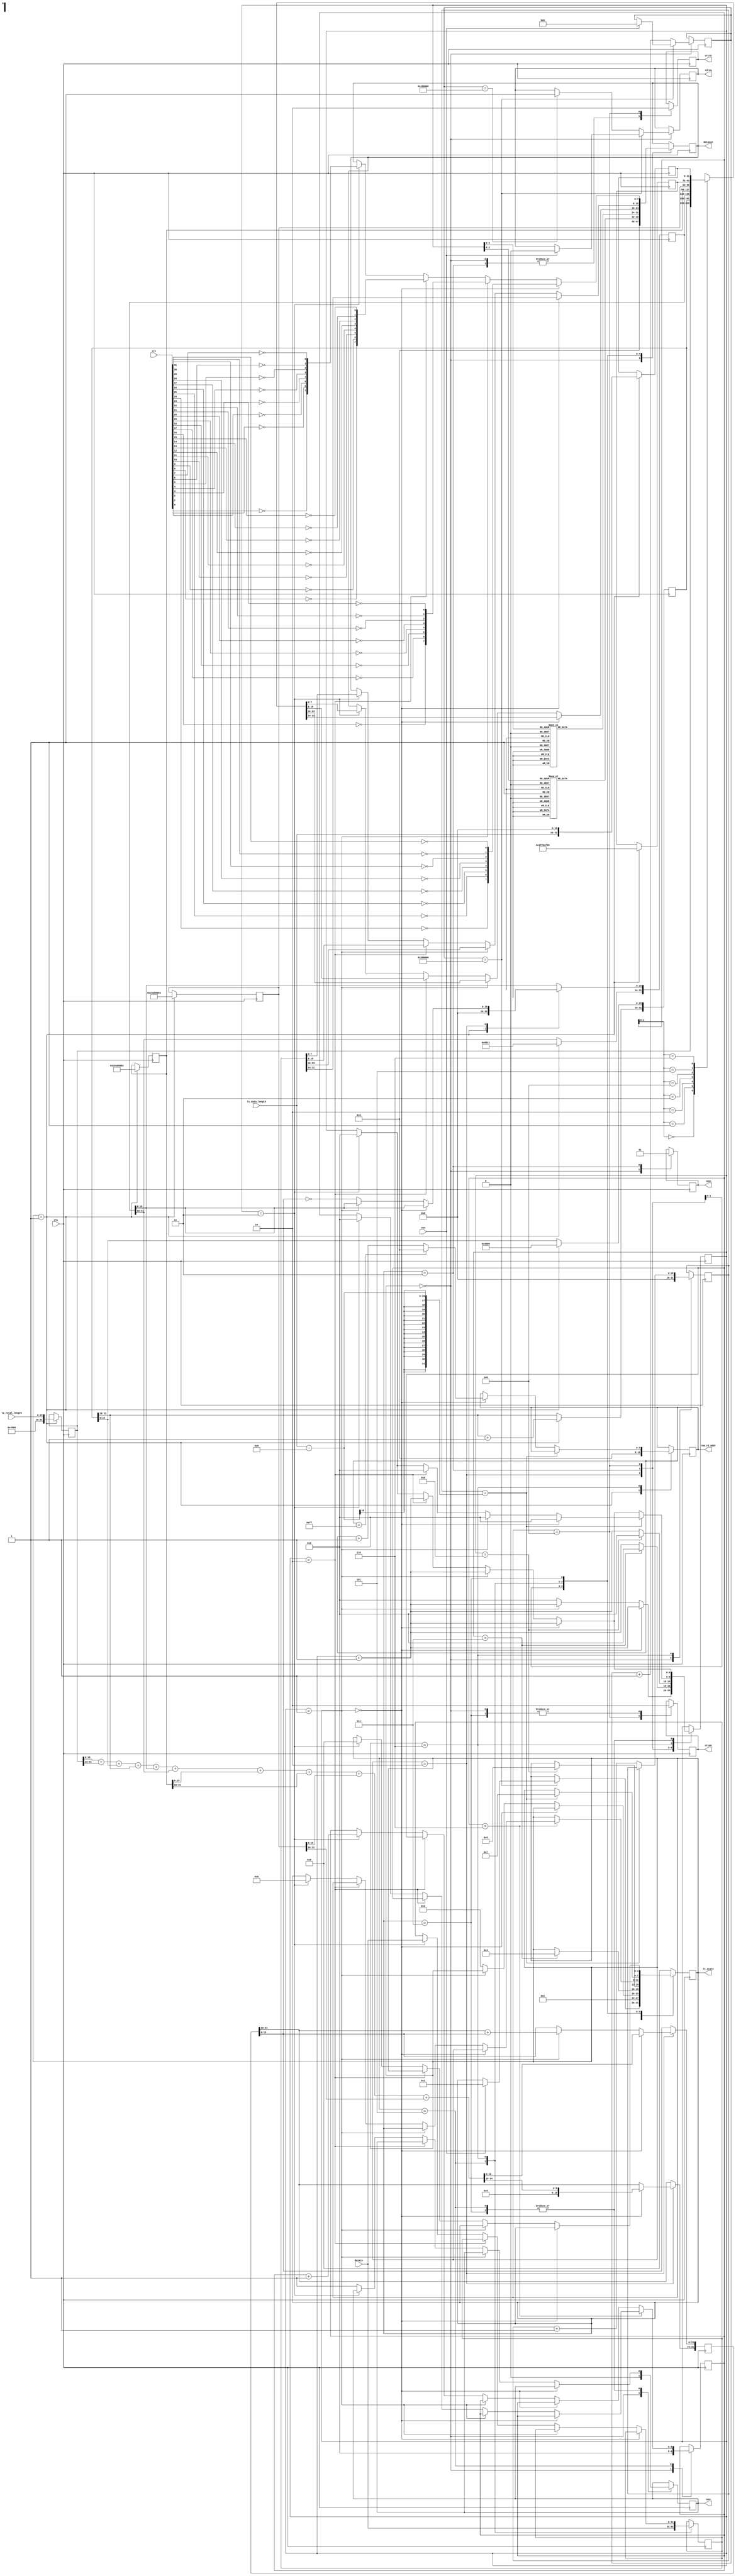
`timescale 1ns / 1ps
/****************************************/
//      GMII UDP//
/****************************************/

module ipsend(
				  input              clk,                   //GMII
				  output reg         txen,                  //GMII
				  output reg         txer,                  //GMII
				  output reg [7:0]   dataout,               //GMII
				  input      [31:0]  crc,                   //CRC32
				  input      [31:0]  datain,                //RAM	 
				  output reg         crcen,                 //CRC32 
				  output reg         crcre,                 //CRC32 

				  output reg [3:0]   tx_state,              //    
				  input      [15:0]  tx_data_length,        //
				  input      [15:0]  tx_total_length,       //
				  output reg [7:0]   ram_rd_addr,            //ram
				  output reg rdreq,
				  input oen
	  );


reg [31:0]  datain_reg;

reg [31:0] ip_header [6:0];                  //1K

reg [7:0] preamble [7:0];                    //preamble
reg [7:0] mac_addr [13:0];                   //mac address
reg [4:0] i,j;

reg [31:0] check_buffer;
reg [31:0] time_counter;
reg [15:0] tx_data_counter;

parameter idle=4'b0000,start=4'b0001,make=4'b0010,send55=4'b0011,sendmac=4'b0100,sendheader=4'b0101,
          senddata=4'b0110,sendcrc=4'b0111;



initial
  begin
	 tx_state<=idle;
	 ram_rd_addr<=8'd0;
	 //IP 
	 preamble[0]<=8'h55;                 //755,d5
	 preamble[1]<=8'h55;
	 preamble[2]<=8'h55;
	 preamble[3]<=8'h55;
	 preamble[4]<=8'h55;
	 preamble[5]<=8'h55;
	 preamble[6]<=8'h55;
	 preamble[7]<=8'hD5;
	 mac_addr[0]<=8'hff;                 //MAC ff-ff-ff-ff-ff-ff, ff
	 mac_addr[1]<=8'hff;						//54-E1-AD-0D-18-FF
	 mac_addr[2]<=8'hff;						//2C-F0-5D-57-64-CE
	 mac_addr[3]<=8'hff;
	 mac_addr[4]<=8'hff;
	 mac_addr[5]<=8'hff;
	 mac_addr[6]<=8'h00;                 //MAC 00-0A-35-01-FE-C0
	 mac_addr[7]<=8'h0A;
	 mac_addr[8]<=8'h35;
	 mac_addr[9]<=8'h01;
	 mac_addr[10]<=8'hFE;
	 mac_addr[11]<=8'hC0;
	 mac_addr[12]<=8'h08;                //0800: IP
	 mac_addr[13]<=8'h00;
	 i<=0;
	 rdreq <= 1'b0;
 end


//UDP	 
always@(negedge clk)
begin		
		case(tx_state)
		  idle:begin
				 txer<=1'b0;
				 txen<=1'b0;
				 crcen<=1'b0;
				 crcre<=1;
				 j<=0;
				 dataout<=0;
				 tx_data_counter<=0;
             if (time_counter==32'h00200000) begin     //,  32'h04000000
				     if(oen == 1'b1) begin
							tx_state<=start;  
							time_counter<=0;
							rdreq <= 1'b0;
					  end
             end
             else begin
                 time_counter<=time_counter+1'b1;
					  if(time_counter == 32'h00100000)
						rdreq <= 1'b1;
				 end
			end
		   start:begin        //IP header
					ram_rd_addr <= 8'b0;
					ip_header[0]<={16'h4500,tx_total_length};        //4 20IP
				   ip_header[1][31:16]<=ip_header[1][31:16]+1'b1;   //
					ip_header[1][15:0]<=16'h4000;                    //Fragment offset
				   ip_header[2]<=32'h80110000;                      //mema[2][15:0] 17(UDP)
				   ip_header[3]<=32'hc0a80002;                      //192.168.0.2
				   ip_header[4]<=32'hc0a80003;                      //192.168.0.3
					ip_header[5]<=32'h1f901f90;                      //22
				   ip_header[6]<={tx_data_length,16'h0000};         //22
	   			tx_state<=make;
         end	
         make:begin            //
			    if(i==0) begin
					  check_buffer<=ip_header[0][15:0]+ip_header[0][31:16]+ip_header[1][15:0]+ip_header[1][31:16]+ip_header[2][15:0]+
					               ip_header[2][31:16]+ip_header[3][15:0]+ip_header[3][31:16]+ip_header[4][15:0]+ip_header[4][31:16];
                 i<=i+1'b1;
				   end
             else if(i==1) begin
					   check_buffer[15:0]<=check_buffer[31:16]+check_buffer[15:0];
					   i<=i+1'b1;
				 end
			    else	begin
				      ip_header[2][15:0]<=~check_buffer[15:0];                 //header checksum
					   i<=0;
					   tx_state<=send55;
					end
		   end
			send55: begin                    //8IP:755, 1d5                    
 				 txen<=1'b1;                             //GMII
				 crcre<=1'b1;                            //reset crc  
				 if(i==7) begin
               dataout[7:0]<=preamble[i][7:0];
					i<=0;
				   tx_state<=sendmac;
				 end
				 else begin                        
				    dataout[7:0]<=preamble[i][7:0];
				    i<=i+1;
				 end
			end	
			sendmac: begin                           //MAC addressMAC addressIP  
			 	 crcen<=1'b1;                            //crccrc32MAC		
				 crcre<=1'b0;                            			
             if(i==13) begin
               dataout[7:0]<=mac_addr[i][7:0];
					i<=0;
				   tx_state<=sendheader;
				 end
				 else begin                        
				    dataout[7:0]<=mac_addr[i][7:0];
				    i<=i+1'b1;
				 end
			end
			sendheader: begin                        //732bitIP 
				datain_reg<=datain;                   //	
			   if(j==6) begin                            
					  if(i==0) begin
						 dataout[7:0]<=ip_header[j][31:24];
						 i<=i+1'b1;
					  end
					  else if(i==1) begin
						 dataout[7:0]<=ip_header[j][23:16];
						 i<=i+1'b1;
					  end
					  else if(i==2) begin
						 dataout[7:0]<=ip_header[j][15:8];
						 i<=i+1'b1;
					  end
					  else if(i==3) begin
						 dataout[7:0]<=ip_header[j][7:0];
						 i<=0;
						 j<=0;
						 tx_state<=senddata;
						 datain_reg<=datain;
					  end
					  else
						 txer<=1'b1;
				end		 
				else begin
					  if(i==0) begin
						 dataout[7:0]<=ip_header[j][31:24];
						 i<=i+1'b1;
					  end
					  else if(i==1) begin
						 dataout[7:0]<=ip_header[j][23:16];
						 i<=i+1'b1;
					  end
					  else if(i==2) begin
						 dataout[7:0]<=ip_header[j][15:8];
						 i<=i+1'b1;
					  end
					  else if(i==3) begin
						 dataout[7:0]<=ip_header[j][7:0];
						 i<=0;
						 j<=j+1'b1;
					  end					
					  else
						 txer<=1'b1;
				end
			 end
			 senddata:begin                                      //UDP
			   if(tx_data_counter==tx_data_length-9) begin       //
				   tx_state<=sendcrc;
					if(i==0) begin    
					  dataout[7:0]<=datain_reg[31:24];
					  i<=0;
					end
					else if(i==1) begin
					  dataout[7:0]<=datain_reg[23:16];
					  i<=0;
					end
					else if(i==2) begin
					  dataout[7:0]<=datain_reg[15:8];
					  i<=0;
					end
					else if(i==3) begin
			        dataout[7:0]<=datain_reg[7:0];
					  datain_reg<=datain;                       //
					  i<=0;
					end
            end
            else begin                                     //
               tx_data_counter<=tx_data_counter+1'b1;			
					if(i==0) begin    
					  dataout[7:0]<=datain_reg[31:24];
					  i<=i+1'b1;
					  if(ram_rd_addr == 8'd255)
						ram_rd_addr <= 8'b0;
					  else ram_rd_addr<=ram_rd_addr+1'b1;           //RAM1, RAM	
					end
					else if(i==1) begin
					  dataout[7:0]<=datain_reg[23:16];
					  i<=i+1'b1;
					end
					else if(i==2) begin
					  dataout[7:0]<=datain_reg[15:8];
					  i<=i+1'b1;
					end
					else if(i==3) begin
			        dataout[7:0]<=datain_reg[7:0];
					  datain_reg<=datain;                       //					  
					  i<=0; 				  
					end
				end
			end	
			sendcrc: begin                              //32crc
				crcen<=1'b0;
				if(i==0)	begin
					  dataout[7:0] <= {~crc[24], ~crc[25], ~crc[26], ~crc[27], ~crc[28], ~crc[29], ~crc[30], ~crc[31]};
					  i<=i+1'b1;
					end
				else begin
				  if(i==1) begin
					   dataout[7:0]<={~crc[16], ~crc[17], ~crc[18], ~crc[19], ~crc[20], ~crc[21], ~crc[22], ~crc[23]};
						i<=i+1'b1;
				  end
				  else if(i==2) begin
					   dataout[7:0]<={~crc[8], ~crc[9], ~crc[10], ~crc[11], ~crc[12], ~crc[13], ~crc[14], ~crc[15]};
						i<=i+1'b1;
				  end
				  else if(i==3) begin
					   dataout[7:0]<={~crc[0], ~crc[1], ~crc[2], ~crc[3], ~crc[4], ~crc[5], ~crc[6], ~crc[7]};
						i<=0;
						tx_state<=idle;
				  end
				  else begin
                  txer<=1'b1;
				  end
				end
			end					
			default:tx_state<=idle;		
       endcase	  
 end
endmodule